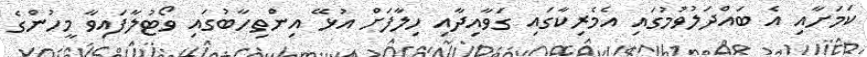
ކަމަށާއި އެ ބައްދަލުވުމުގައި އެމެރިކާގައި ގަވާއިދާއި ހިލާފަށް އުޅޭ އިންތިހާބުގައި ވޯޓުލާފައިވާ މީހުންގެ